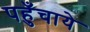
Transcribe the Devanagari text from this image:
पहुँचाये